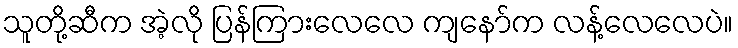
သူတို့ဆီက အဲ့လို ပြန်ကြားလေလေ ကျနော်က လန့်လေလေပဲ။